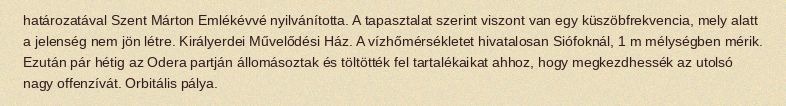
határozatával Szent Márton Emlékévvé nyilvánította. A tapasztalat szerint viszont van egy küszöbfrekvencia, mely alatt a jelenség nem jön létre. Királyerdei Művelődési Ház. A vízhőmérsékletet hivatalosan Siófoknál, 1 m mélységben mérik. Ezután pár hétig az Odera partján állomásoztak és töltötték fel tartalékaikat ahhoz, hogy megkezdhessék az utolsó nagy offenzívát. Orbitális pálya.